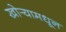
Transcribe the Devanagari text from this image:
खोर्‍यामधून